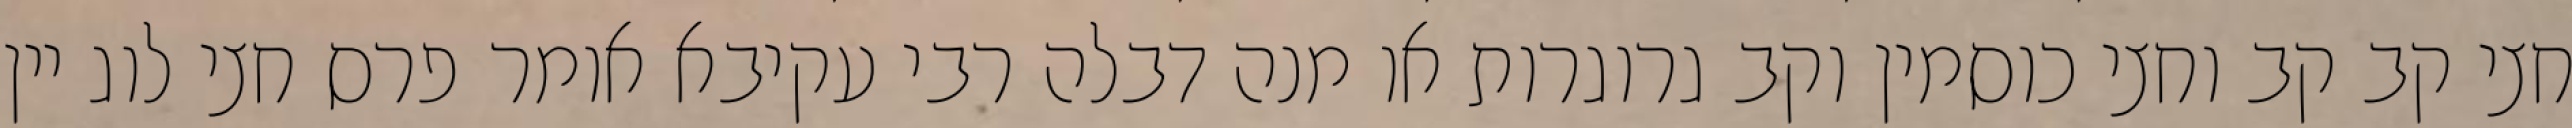
חצי קב קב וחצי כוסמין וקב גרוגרות או מנה דבלה רבי עקיבא אומר פרס חצי לוג יין